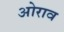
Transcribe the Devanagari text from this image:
ओराव